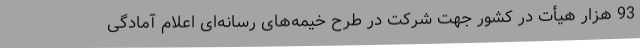
93 هزار هیأت در کشور جهت شرکت در طرح خیمه‌های رسانه‌ای اعلام آمادگی